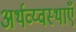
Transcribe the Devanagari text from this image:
अर्थव्य्वस्थाएँ